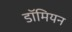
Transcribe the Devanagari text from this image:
डॉमियन